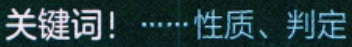
关键词！……性质、判定